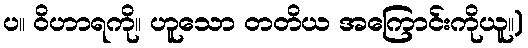
ပ။ ဝိဟာရကို။ ဟူသော တတိယ အကြောင်းကိုယူ။)